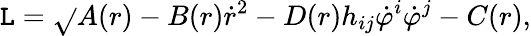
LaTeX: {\cal\mathtt{L}}=\sqrt{}{{A(r)-B(r)\dot{{r}}^{2}-D(r)h_{ij}\dot{{\varphi}}^{i}\dot{{\varphi}}^{j}}}-C(r),